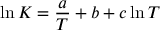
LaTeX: \ln K = { \frac { a } { T } } + b + c \ln T